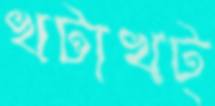
খটাখট্